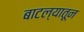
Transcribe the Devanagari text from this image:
बाटल्यातून